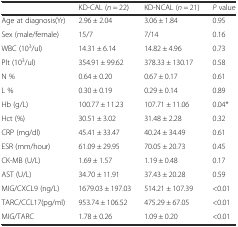
<table><thead><tr><td></td><td><b>KD-CAL (<i>n</i> = 22)</b></td><td><b>KD-NCAL (<i>n</i> = 21)</b></td><td><b><i>P</i> value</b></td></tr></thead><tbody><tr><td>Age at diagnosis(Yr)</td><td>2.96 ± 2.04</td><td>3.06 ± 1.84</td><td>0.95</td></tr><tr><td>Sex (male/female)</td><td>15/7</td><td>7/14</td><td>0.16</td></tr><tr><td>WBC (10<sup>3</sup>/ul)</td><td>14.31 ± 6.14</td><td>14.82 ± 4.96</td><td>0.73</td></tr><tr><td>Plt (10<sup>3</sup>/ul)</td><td>354.91 ± 99.62</td><td>378.33 ± 130.17</td><td>0.58</td></tr><tr><td>N %</td><td>0.64 ± 0.20</td><td>0.67 ± 0.17</td><td>0.61</td></tr><tr><td>L %</td><td>0.30 ± 0.19</td><td>0.29 ± 0.14</td><td>0.89</td></tr><tr><td>Hb (g/L)</td><td>100.77 ± 11.23</td><td>107.71 ± 11.06</td><td>0.04*</td></tr><tr><td>Hct (%)</td><td>30.51 ± 3.02</td><td>31.48 ± 2.28</td><td>0.32</td></tr><tr><td>CRP (mg/dl)</td><td>45.41 ± 33.47</td><td>40.24 ± 34.49</td><td>0.61</td></tr><tr><td>ESR (mm/hour)</td><td>61.09 ± 29.95</td><td>70.05 ± 20.73</td><td>0.45</td></tr><tr><td>CK-MB (U/L)</td><td>1.69 ± 1.57</td><td>1.19 ± 0.48</td><td>0.17</td></tr><tr><td>AST (U/L)</td><td>34.70 ± 11.91</td><td>37.43 ± 20.28</td><td>0.59</td></tr><tr><td>MIG/CXCL9 (ng/L)</td><td>1679.03 ± 197.03</td><td>514.21 ± 107.39</td><td>&lt;0.01</td></tr><tr><td>TARC/CCL17(pg/ml)</td><td>953.74 ± 106.52</td><td>475.29 ± 67.05</td><td>&lt;0.01</td></tr><tr><td>MIG/TARC</td><td>1.78 ± 0.26</td><td>1.09 ± 0.20</td><td>&lt;0.01</td></tr></tbody></table>